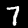
Label: 7